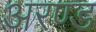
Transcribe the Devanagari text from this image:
अरण्ड